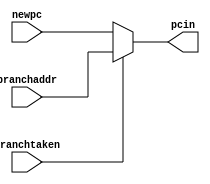
module if_mux(input [31:0]newpc,input [31:0]branchaddr,input branchtaken,output [31:0]pcin);
assign pcin=(branchtaken==1'b1)?branchaddr:
newpc;
endmodule